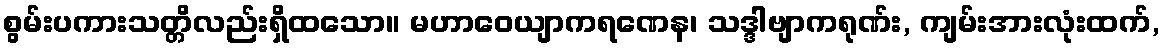
စွမ်းပကားသတ္တိလည်းရှိထသော။ မဟာဝေယျာကရဏေန၊ သဒ္ဒါဗျာကရုဏ်း, ကျမ်းအားလုံးထက်,